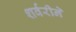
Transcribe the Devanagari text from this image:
शर्वरीने